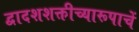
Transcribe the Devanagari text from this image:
द्वादशशक्तीच्यारूपाचें